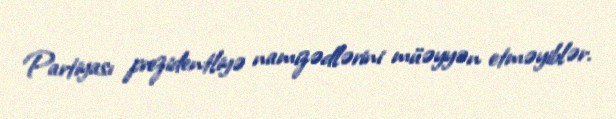
Partiyası prezidentliyə namizədlərini müəyyən etməyiblər.